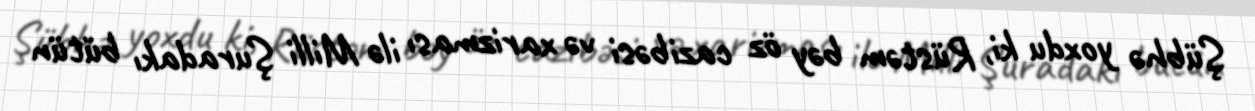
Şübhə yoxdu ki, Rüstəm bəy öz cazibəsi və xarizması ilə Milli Şuradakı bütün